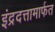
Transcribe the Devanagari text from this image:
इंद्रदत्तामार्फत